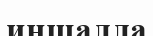
иншалла